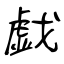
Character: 戯